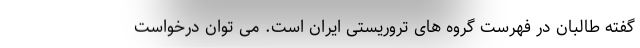
گفته طالبان در فهرست گروه های تروریستی ایران است. می توان درخواست